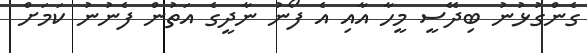
ގެންގުޅުނު ބިދޭސީ މީހާ އާއި އެ ފޯނު ނާދީގެ އަތުން ފެނުނު ކަމަށް